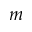
m